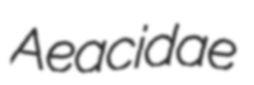
Aeacidae